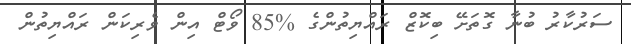
ސަރުކާރު ބުނާ ގޮތަށޭ ބިކޮޒް ރައްޔިތުންގެ %85 ވޯޓް އިން ވެރިކަން ރައްޔިތުން